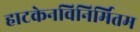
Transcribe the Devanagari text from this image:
हाटकेनविनिर्मितम